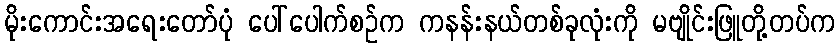
မိုးကောင်းအရေးတော်ပုံ ပေါ်ပေါက်စဉ်က ကနန်းနယ်တစ်ခုလုံးကို မဗျိုင်းဖြူတို့တပ်က